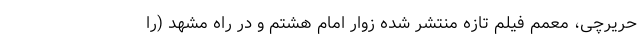
حریرچی، معممِ فیلم تازه منتشر شده زوار امام هشتم و در راه مشهد (را